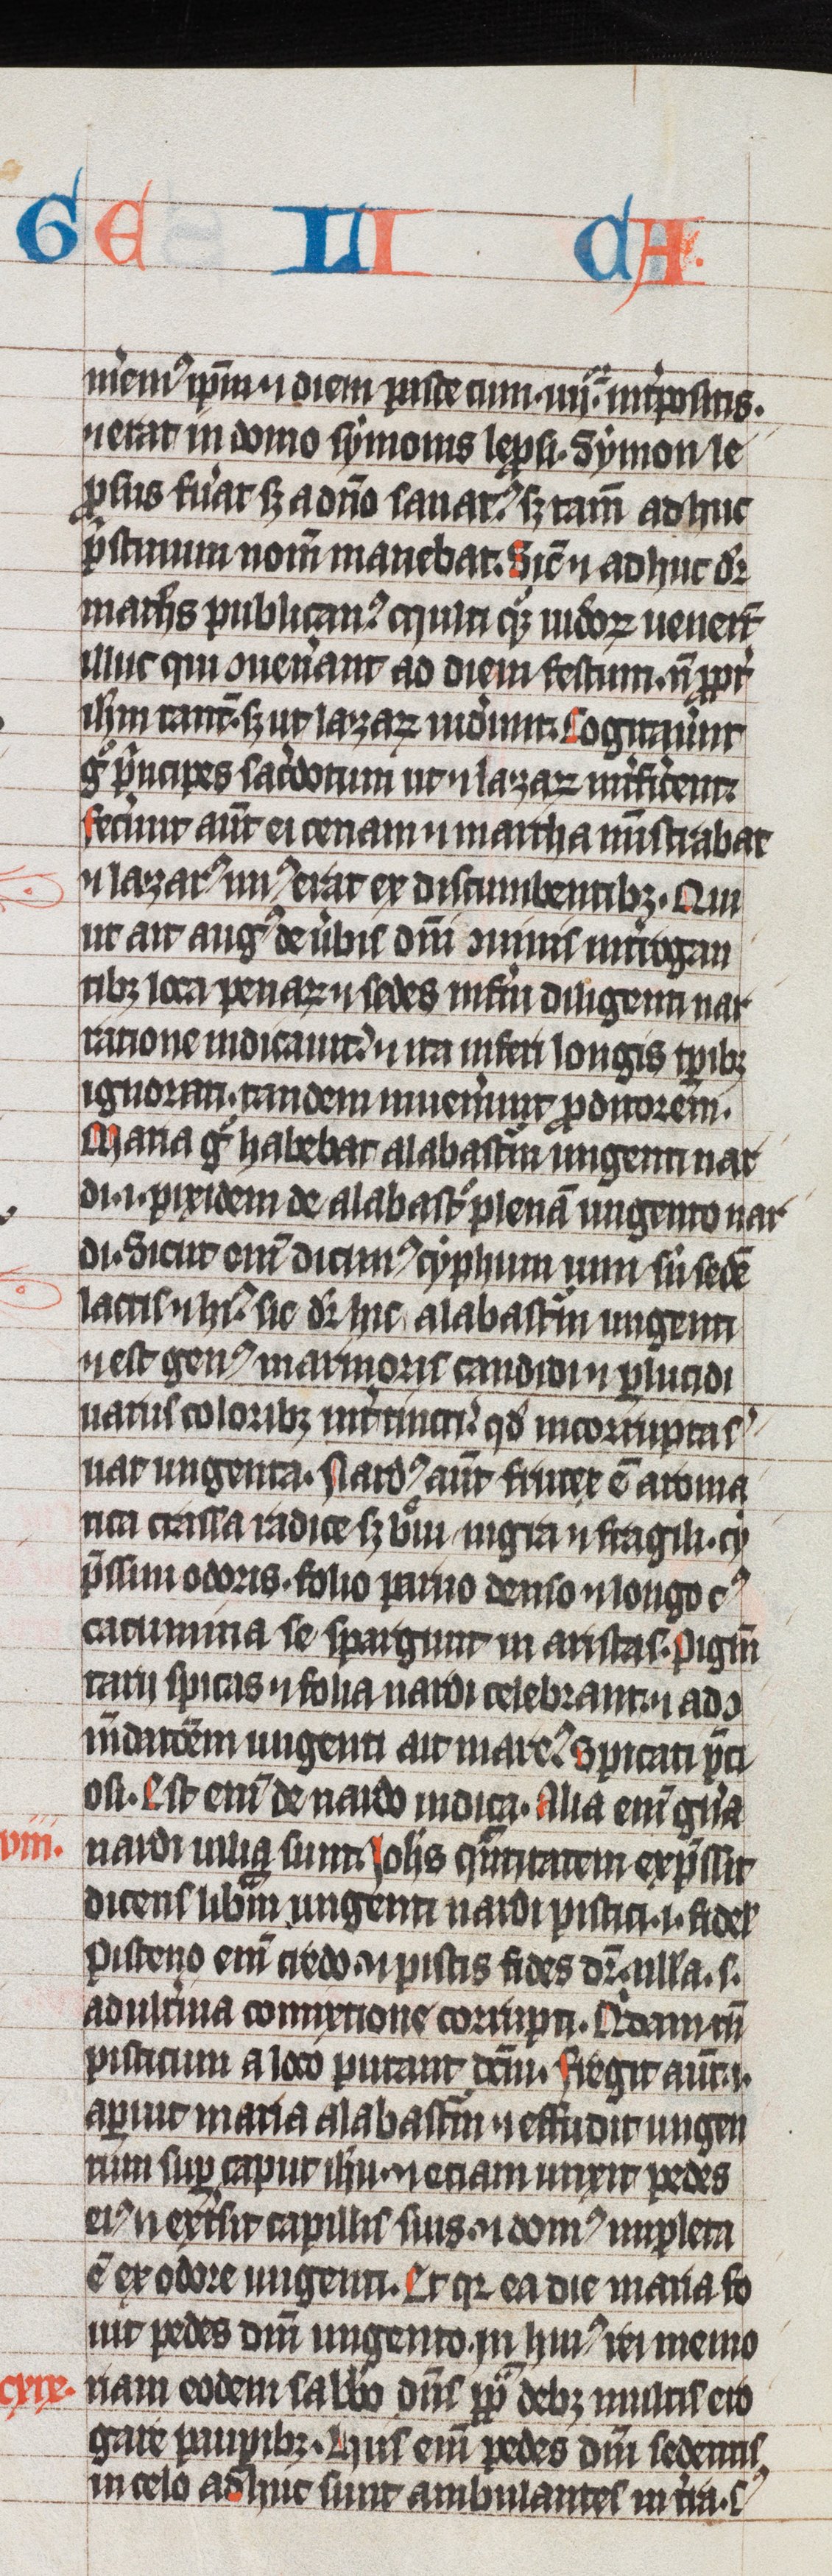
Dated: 1325–1349